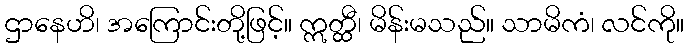
ဌာနေဟိ၊ အကြောင်းတို့ဖြင့်။ ဣတ္ထီ၊ မိန်းမသည်။ သာမိကံ၊ လင်ကို။